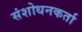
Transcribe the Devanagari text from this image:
संशोधनकर्ता